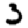
Digit: 3